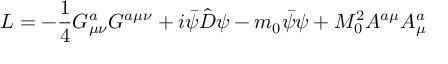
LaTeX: L = - \frac { 1 } { 4 } G _ { \mu \nu } ^ { a } G ^ { a \mu \nu } + i \bar { \psi } \hat { D } \psi - m _ { 0 } \bar { \psi } \psi + M _ { 0 } ^ { 2 } A ^ { a \mu } A _ { \mu } ^ { a }